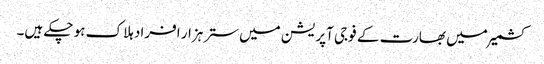
کشمیر میں بھارت کے فوجی آپریشن میں ستر ہزار افراد ہلاک ہو چکے ہیں۔